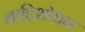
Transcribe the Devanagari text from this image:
नाड़िशोधन